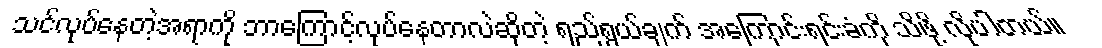
သင်လုပ်နေတဲ့အရာကို ဘာကြောင့်လုပ်နေတာလဲဆိုတဲ့ ရည်ရွယ်ချက် အကြောင်းရင်းခံကို သိဖို့ လိုပါတယ်။